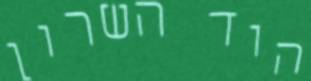
הוד השרון